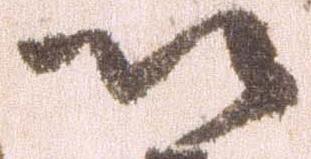
以